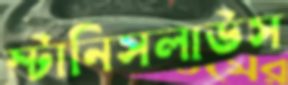
স্টানিসলাউস